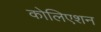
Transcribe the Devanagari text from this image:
कोलिएशन